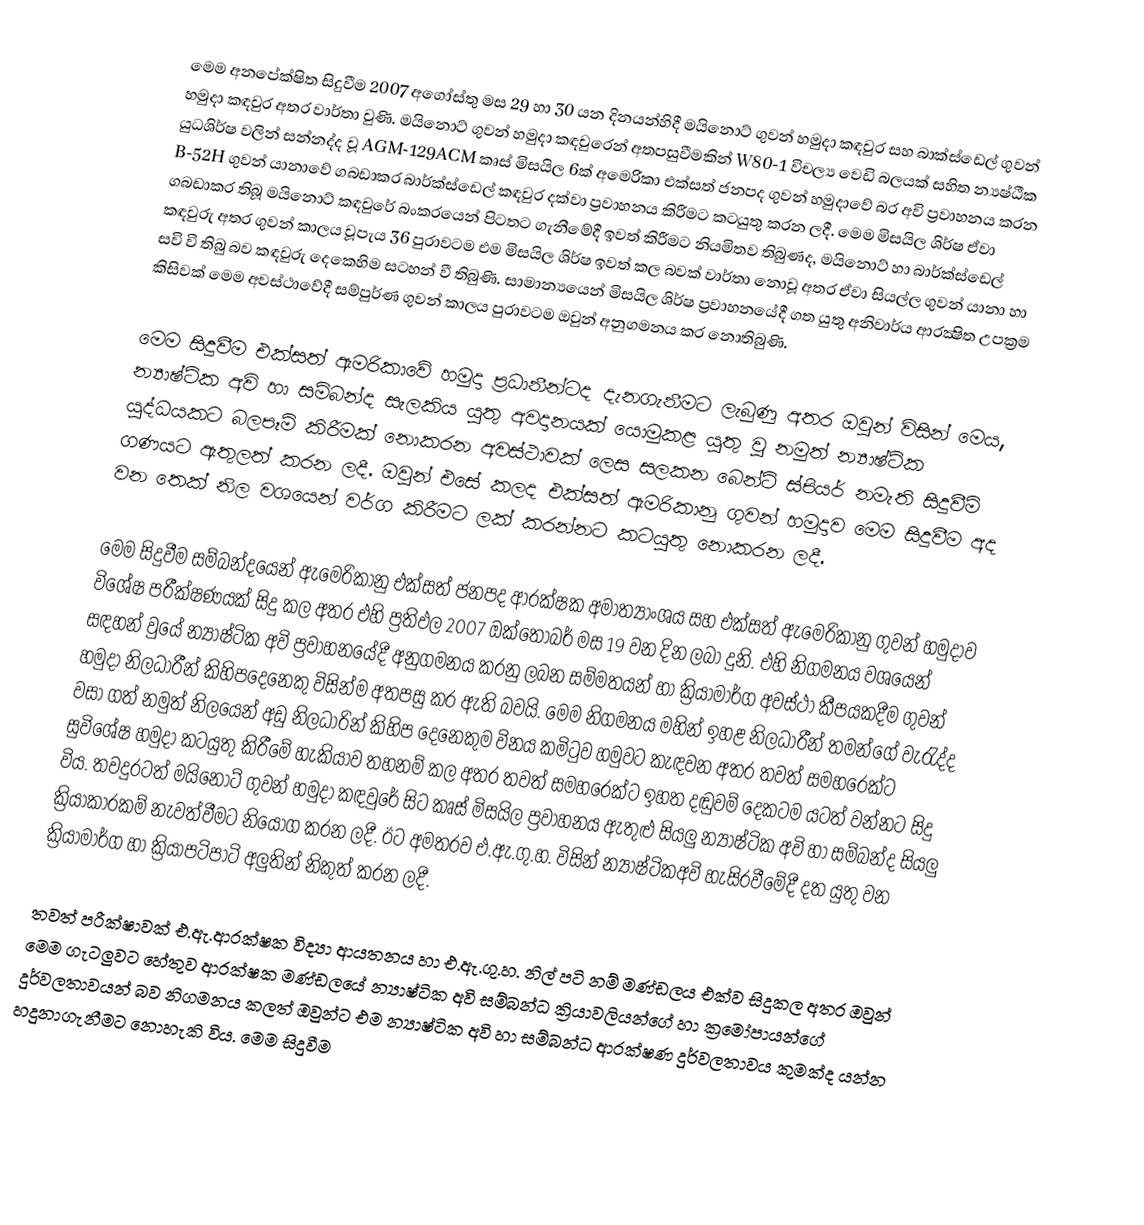
මෙම අනපේක්ෂිත සිදුවීම 2007 අගෝස්තු මස 29 හා 30 යන දිනයන්හිදී මයිනොට් ගුවන් හමුදා කඳවුර සහ බාක්ස්ඩෙල් ගුවන් හමුදා කඳවුර අතර වාර්තා වුණි. මයිනොට් ගුවන් හමුදා කඳවුරෙන් අතපසුවීමකින් W80-1 විචල්‍ය වෙඩි බලයක් සහිත න්‍යෂ්ඨීක යුධශිර්ෂ වලින් සන්නද්ද වූ AGM-129ACM කෘස් මිසයිල 6ක් අමෙරිකා එක්සත් ජනපද ගුවන් හමුදාවේ බර අවි ප්‍රවාහනය කරන B-52H ගුවන් යානාවේ ගබඩාකර බාර්ක්ස්ඩෙල් කඳවුර දක්වා ප්‍රවාහනය කිරීමට කටයුතු කරන ලදී. මෙම මිසයිල ශිර්ෂ ඒවා ගබඩාකර තිබූ මයිනොට් කඳවුරේ බංකරයෙන් පිටතට ගැනීමේදී ඉවත් කිරීමට නියමිතව තිබුණද, මයිනොට් හා බාර්ක්ස්ඩෙල් කඳවුරු  අතර ගුවන් කාලය වූපැය 36 පුරාවටම එම මිසයිල ශිර්ෂ ඉවත් කල බවක් වාර්තා නොවූ අතර ඒවා සියල්ල ගුවන් යානා හා සවි වි තිබු බව කඳවුරු දෙකෙහිම සටහන් වී තිබුණි. සාමාන්‍යයෙන් මිසයිල ශිර්ෂ ප්‍රවාහනයේදී  ගත යුතු අනිවාර්ය ආරක්‍ෂිත උපක්‍රම කිසිවක් මෙම අවස්ථාවේදී සම්පුර්ණ ගුවන් කාලය පුරාවටම ඔවුන් අනුගමනය කර නොතිබුණි.

මෙම සිදුවීම එක්සත් ඇමරිකාවේ හමුදා ප්‍රධානීන්ටද දැනගැනීමට ලැබුණු අතර ඔවුන් විසින් මෙය, න්‍යාෂ්ටික අවි හා සම්බන්ද සැලකිය යුතු අවදානයක් යොමුකළ යුතු වු නමුත් න්‍යාෂ්ටික යුද්ධයකට බලපෑම් කිරීමක් නොකරන අවස්ථාවක් ලෙස සලකන බෙන්ට් ස්පියර් නමැති සිදුවීම් ගණයට ඇතුලත් කරන ලදී. ඔවුන් එසේ කලද එක්සත් ඇමරිකානු ගුවන් හමුදාව මෙම සිදුවීම අද වන තෙක් නිල වශයෙන් වර්ග කිරීමට ලක් කරන්නට කටයුතු නොකරන ලදී.

මෙම සිදුවීම සම්බන්දයෙන් ඇමෙරිකානු එක්සත් ජනපද  ආරක්ෂක අමාත්‍යාංශය සහ එක්සත් ඇමෙරිකානු ගුවන් හමුදාව විශේෂ පරීක්ෂණයක් සිදු කල අතර එහි ප්‍රතිඵල 2007 ඔක්තෝබර් මස 19 වන දින ලබා දුනි. එහි නිගමනය වශයෙන් සඳහන් වුයේ න්‍යාෂ්ටික අවි ප්‍රවාහනයේදී අනුගමනය කරනු ලබන සම්මතයන් හා ක්‍රියාමාර්ග අවස්ථා කීපයකදීම ගුවන් හමුදා නිලධාරීන් කිහිපදෙනෙකු විසින්ම අතපසු කර ඇති බවයි. මෙම නිගමනය මහින් ඉහළ නිලධාරීන් තමන්ගේ වැරැද්ද වසා ගත් නමුත් නිලයෙන් අඩු නිලධාරින් කිහිප දෙනෙකුම විනය කමිටුව හමුවට කැඳවන අතර තවත් සමහරෙක්ට සුවිශේෂ හමුදා කටයුතු කිරීමේ හැකියාව තහනම් කල අතර තවත් සමහරෙක්ට ඉහත දඬුවම් දෙකටම යටත් වන්නට සිදු විය. තවදුරටත් මයිනොට් ගුවන් හමුදා කඳවුරේ සිට කෘස් මිසයිල ප්‍රවාහනය ඇතුළු සියලු න්‍යාෂ්ටික අවි හා සම්බන්ද සියලු ක්‍රියාකාරකම් නැවත්වීමට නියෝග කරන ලදී. ඊට අමතරව එ.ඇ.ගු.හ. විසින් න්‍යාෂ්ටිකඅවි හැසිරවීමේදී දත යුතු වන ක්‍රියාමාර්ග හා ක්‍රියාපටිපාටි අලුතින් නිකුත් කරන ලදී.

තවත් පරීක්ෂාවක් එ.ඇ.ආරක්ෂක විද්‍යා ආයතනය හා එ.ඇ.ගු.හ. නිල් පටි නම් මණ්ඩලය එක්ව සිදුකල අතර ඔවුන් මෙම ගැටලුවට හේතුව ආරක්ෂක මණ්ඩලයේ න්‍යාෂ්ටික අවි සම්බන්ධ ක්‍රියාවලියන්ගේ හා ක්‍රමෝපායන්ගේ දුර්වලතාවයන් බව නිගමනය කලත් ඔවුන්ට එම න්‍යාෂ්ටික අවි හා සම්බන්ධ ආරක්ෂණ දුර්වලතාවය කුමක්ද යන්න හදුනාගැනීමට නොහැකි විය. මෙම සිදුවීම